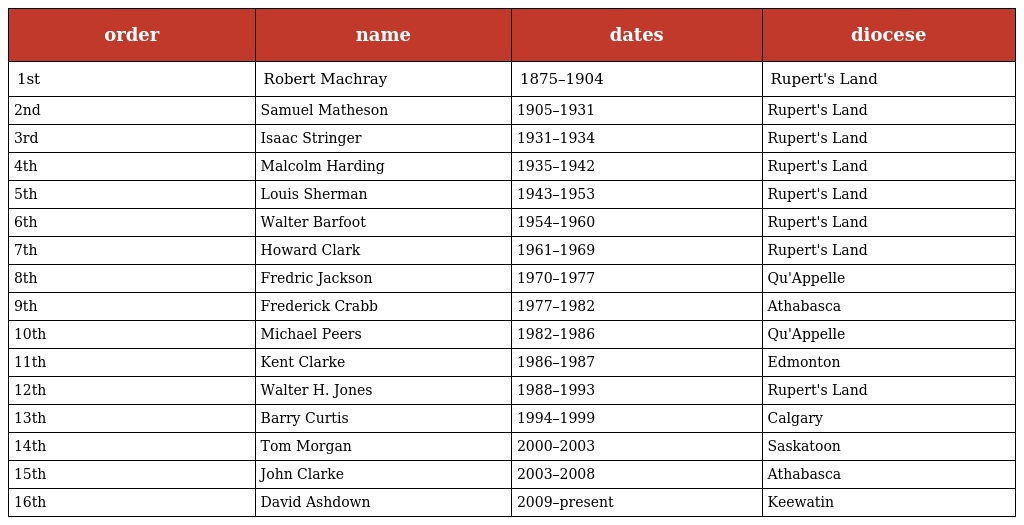
| order | name | dates | diocese |
 | --- | --- | --- | --- |
 | 1st | Robert Machray | 1875–1904 | Rupert's Land |
 | 2nd | Samuel Matheson | 1905–1931 | Rupert's Land |
 | 3rd | Isaac Stringer | 1931–1934 | Rupert's Land |
 | 4th | Malcolm Harding | 1935–1942 | Rupert's Land |
 | 5th | Louis Sherman | 1943–1953 | Rupert's Land |
 | 6th | Walter Barfoot | 1954–1960 | Rupert's Land |
 | 7th | Howard Clark | 1961–1969 | Rupert's Land |
 | 8th | Fredric Jackson | 1970–1977 | Qu'Appelle |
 | 9th | Frederick Crabb | 1977–1982 | Athabasca |
 | 10th | Michael Peers | 1982–1986 | Qu'Appelle |
 | 11th | Kent Clarke | 1986–1987 | Edmonton |
 | 12th | Walter H. Jones | 1988–1993 | Rupert's Land |
 | 13th | Barry Curtis | 1994–1999 | Calgary |
 | 14th | Tom Morgan | 2000–2003 | Saskatoon |
 | 15th | John Clarke | 2003–2008 | Athabasca |
 | 16th | David Ashdown | 2009–present | Keewatin |